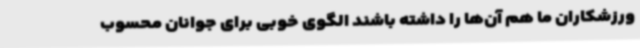
ورزشکاران ما هم آن‌ها را داشته باشند الگوی خوبی برای جوانان محسوب